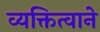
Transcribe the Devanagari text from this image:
व्यक्तित्वाने